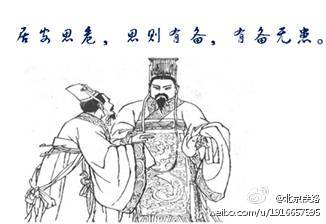
思则有备，有备无患